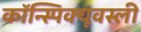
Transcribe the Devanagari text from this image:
कॉन्स्पिक्यूवस्ली